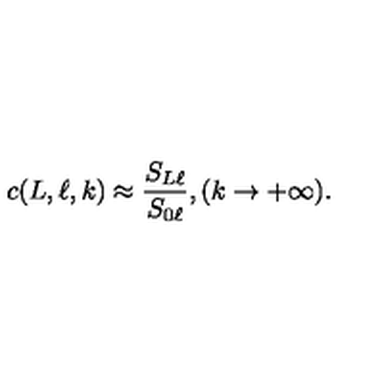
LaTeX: c ( L , \ell , k ) \approx \frac { S _ { L \ell } } { S _ { 0 \ell } } , ( k \rightarrow + \infty ) .